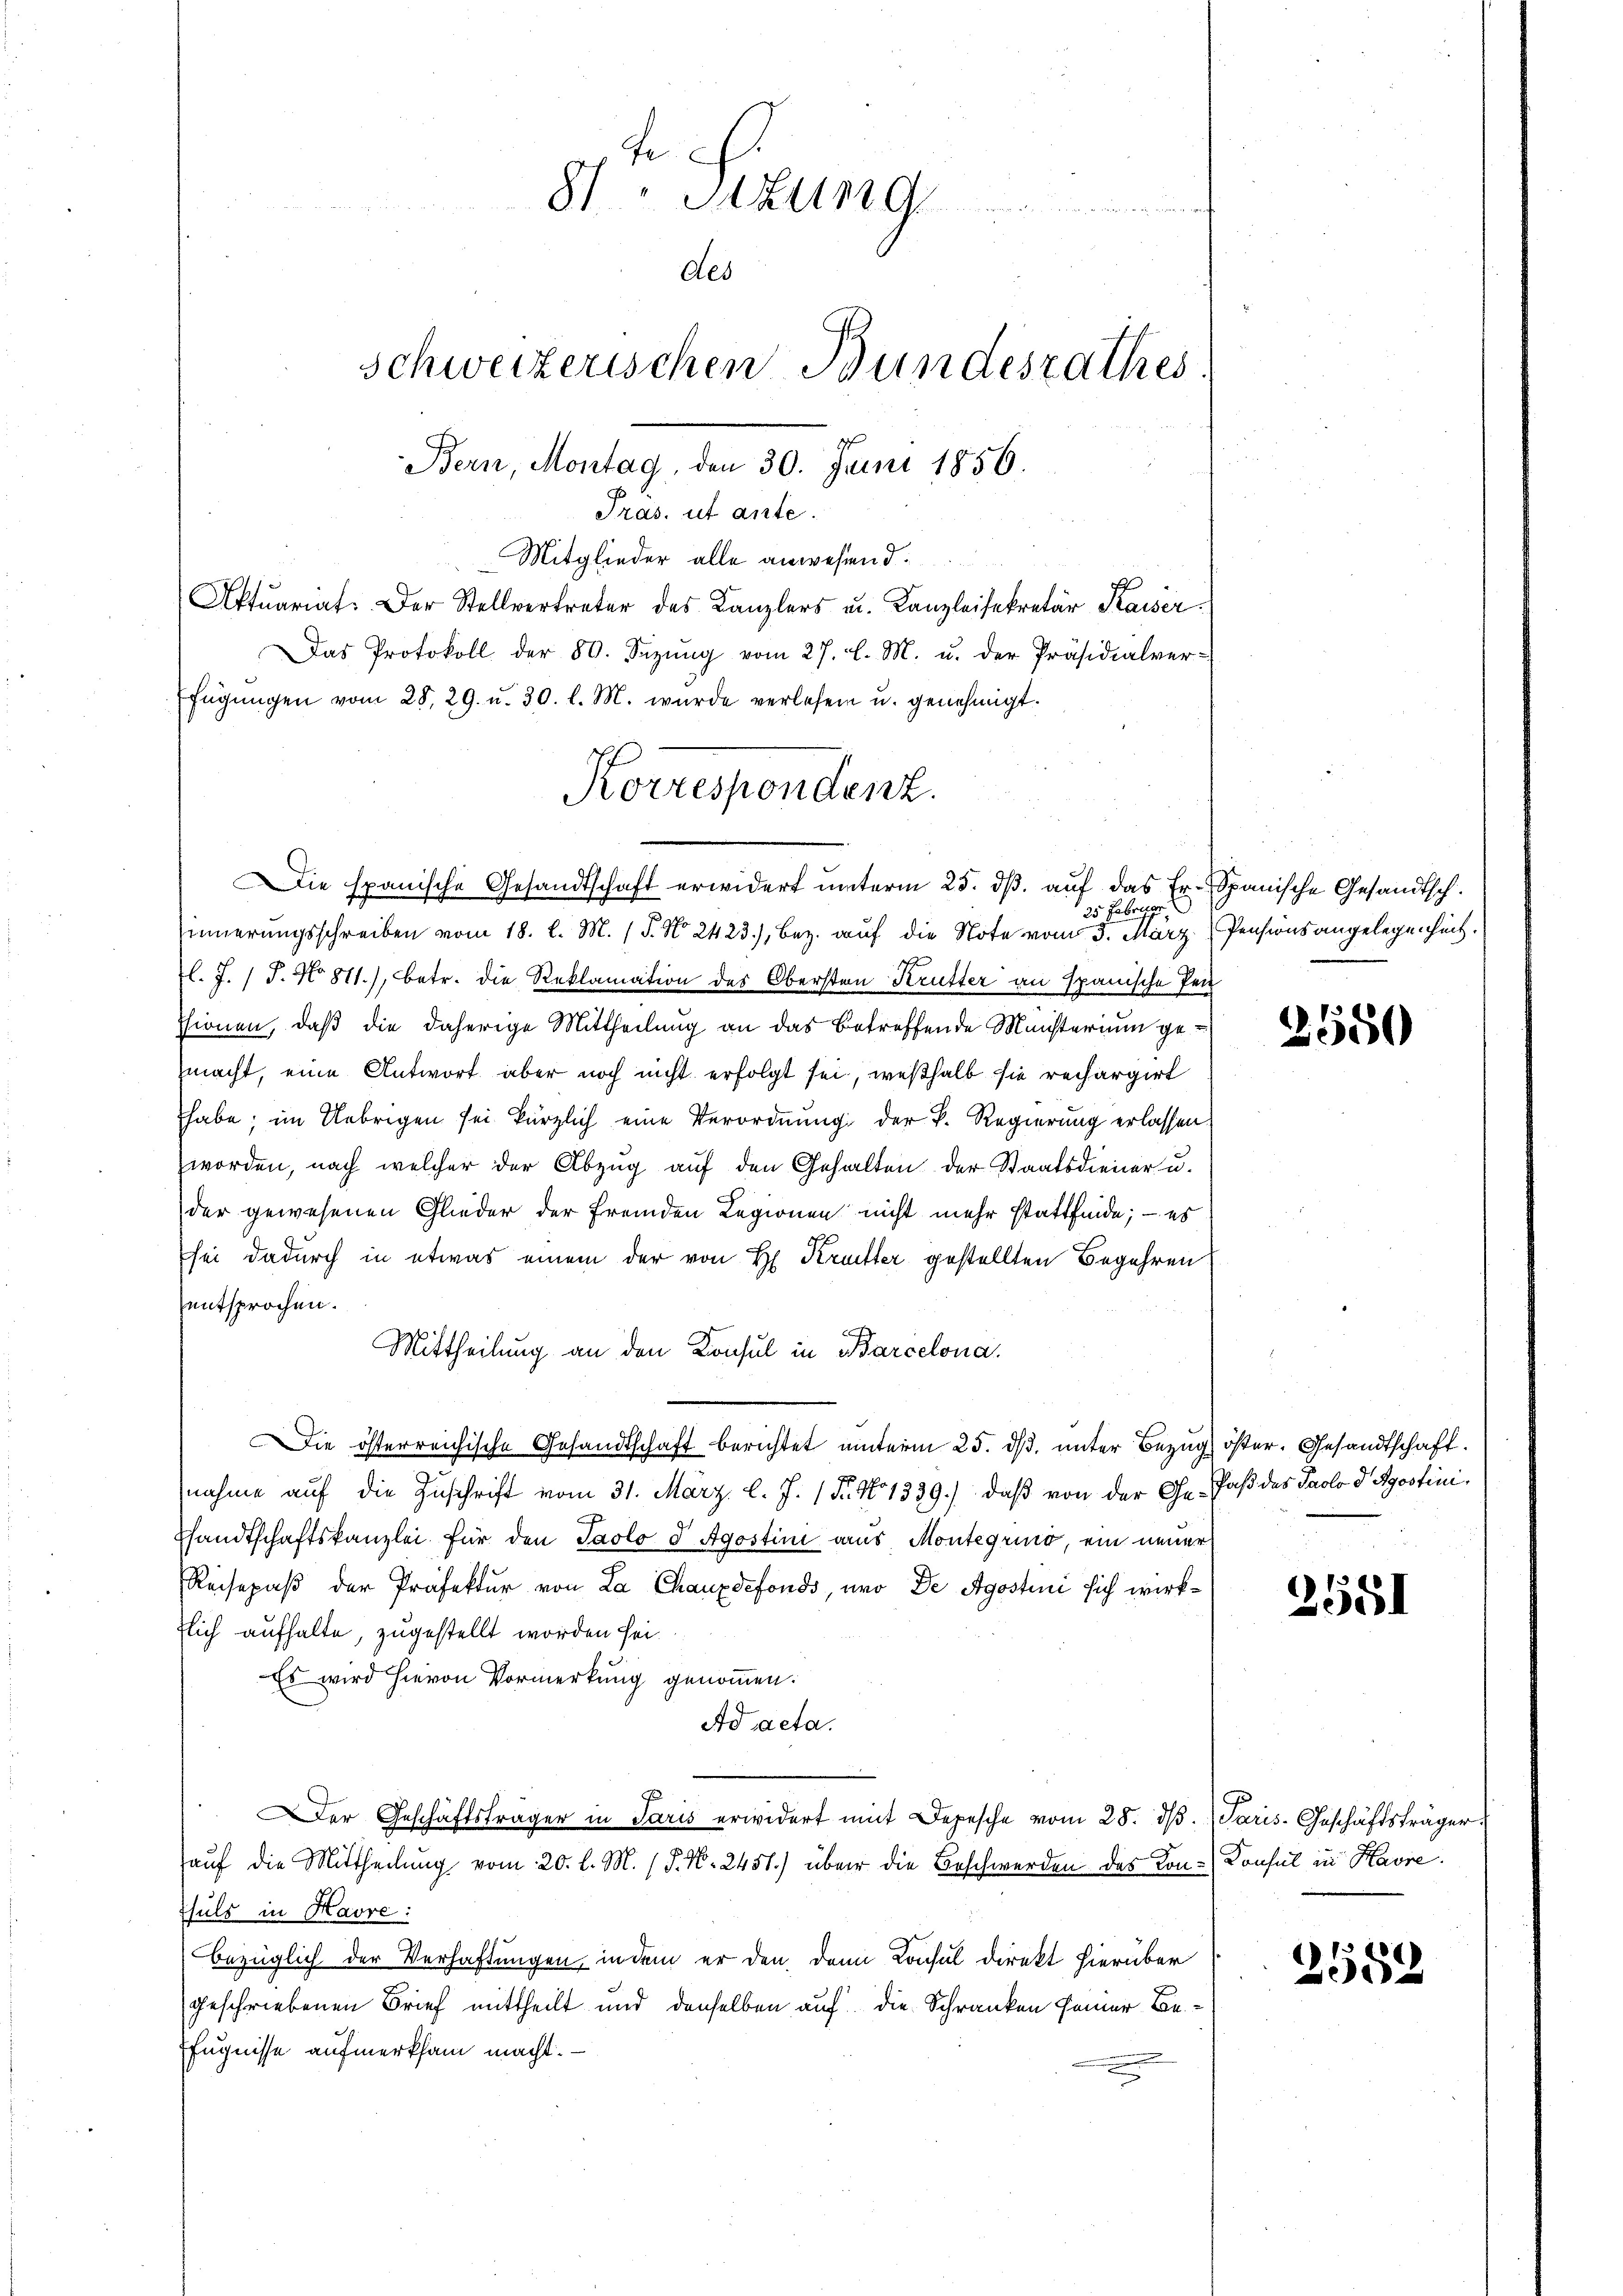
Mitglieder alle anwesend.
Aktuariat. Der Stellvertreter des Kanzlers u. Kanzleisekretär Kaiser.

8 St
des
Schweizerischen Bundesrathes
Bern, Montag, den 30. Juni 1856.
Pras. ut ante.

Das Protokoll der 80. Sizŭng vom 27. l. M. u. der Präsidialver-
fügŭngen vom 28. 29. u. 30. l. M. wurde verlesen u. genehmigt.
Korrespondenz.

Die spanische Gesandtschaft erwidert unterm 25. dß. auf das Er- Spanische Gesandtsch.
25 Februar
sinnerungsschreiben vom 18. l. M. (T. N. 2423), Bez. auf die Note vom 5. März, Pensionsangelegenheit.

l. J. J. No 811., betr. die Reklamation des Obersten Krutter an Spanische Pen
ssionen, daß die daherige Mittheilung an das betreffende Münsterium gezmacht, eine Antwort aber noch nicht erfolgt sei, weßhalb sie rechargirt
habe; im Uebrigen sei kürzlich eine Verordnung der k. Regierung erlassen.
worden, nach welcher der Abzug auf den Gehalten der Staatsdiener u.
der gewesenen Glieder der fremden Legionen nicht mehr stattfinde; – es
sei dadurch in etwas einem der von H. Krutter gestellten Begehren
entsprochen.
Mittheilung an den Konsul in Barcelona.
Die österreichische Gesandtschaft berichtet unterm 25. ds. unter Bezug öster. Gesandtschaft.
nahme auf die Zuschrift vom 31. März l. J. 1 Fr. No 1339), daß von der Ge-Paß des Paolo d Sgostinishandtschaftskanzlei für den Paolo d Agostini aus Montegrund, ein neuer
Reisepaß der Präfektur von La Chauxdefonds, und De Agostini sich wirkflich aufhalte, zugestellt worden sei.
Es wird hievon Vormerkung genommen.
Ad acta.
er Geschäftsträger in Paris erwidert mit Depesche vom 28. dβ. Paris Geschäftsträger
auf die Mittheilung vom 20. l. M. P. N. 2451) über die Beschwerden des Kon-Konsul in Havre
Thuls in Havre:
bezüglich der Verhaftungen, in dem er den dann Konsul direkt hierüber
geschriebenen Brief mittheilt und denselben auf die Schranken seiner Be¬
Efugnisse aufmerksam macht.
e

2550

2551

1320
1